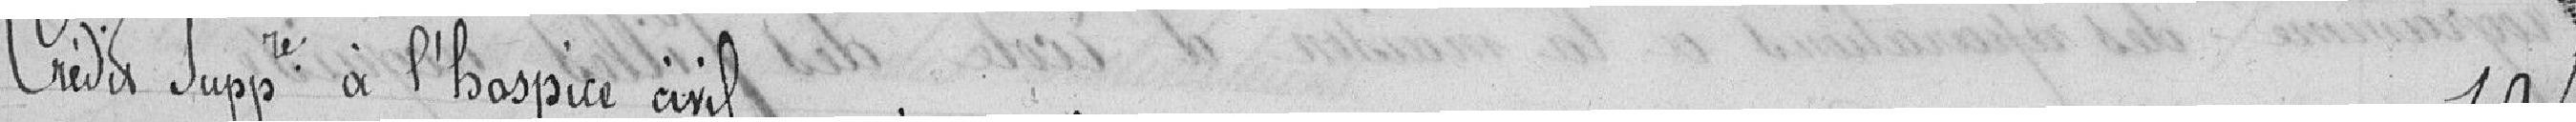
Crédit supplémentaire à l'hospice civil